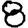
Digit: 8